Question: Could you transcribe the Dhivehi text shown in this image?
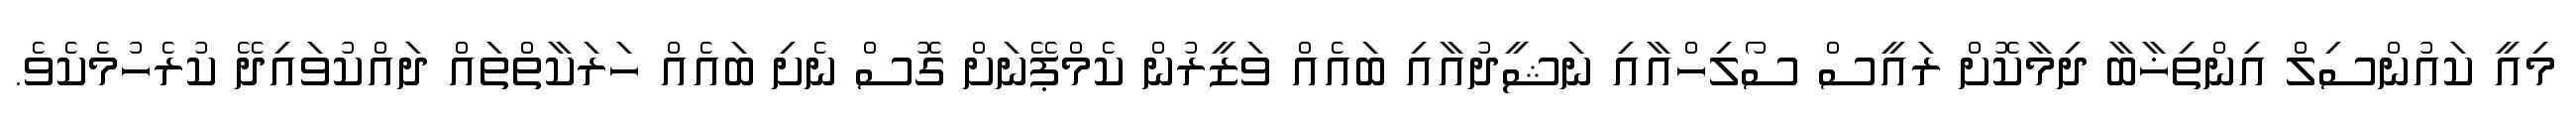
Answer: މިއީ ކައުންސިލް އިންތިޚާބާ ދިމާކޮށް ރައީސް ސޯލިހްއާއި ނަޝީދުއާއި ބައެއް ވަޒީރުން ކެމްޕޭނަށް ގޮސް ނެށި ބައެއް ހަރަކާތްތައް ދައްކުވައިދޭ ކުރެހުމެކެވެ.